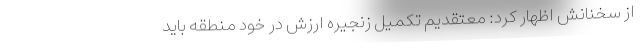
از سخنانش اظهار کرد: معتقدیم تکمیل زنجیره ارزش در خود منطقه باید